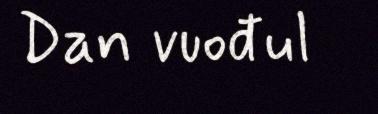
Dan vuođul